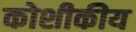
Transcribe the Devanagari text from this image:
कोशीकीय